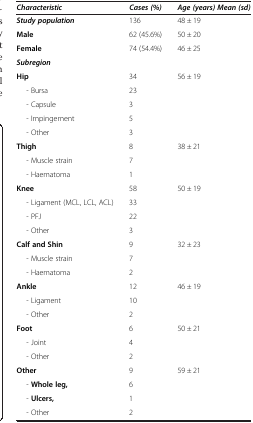
<table><thead><tr><td><b><i>Characteristic</i></b></td><td><b><i>Cases (%)</i></b></td><td><b><i>Age (years) Mean (sd)</i></b></td></tr></thead><tbody><tr><td><b><i>Study population</i></b></td><td>136</td><td>48 ± 19</td></tr><tr><td><b>Male</b></td><td>62 (45.6%)</td><td>50 ± 20</td></tr><tr><td><b>Female</b></td><td>74 (54.4%)</td><td>46 ± 25</td></tr><tr><td><b><i>Subregion</i></b></td><td> </td><td> </td></tr><tr><td><b>Hip</b></td><td>34</td><td>56 ± 19</td></tr><tr><td>- Bursa</td><td>23</td><td> </td></tr><tr><td>- Capsule</td><td>3</td><td> </td></tr><tr><td>- Impingement</td><td>5</td><td> </td></tr><tr><td>- Other</td><td>3</td><td> </td></tr><tr><td><b>Thigh</b></td><td>8</td><td>38 ± 21</td></tr><tr><td>- Muscle strain</td><td>7</td><td> </td></tr><tr><td>- Haematoma</td><td>1</td><td> </td></tr><tr><td><b>Knee</b></td><td>58</td><td>50 ± 19</td></tr><tr><td>- Ligament (MCL, LCL, ACL)</td><td>33</td><td> </td></tr><tr><td>- PFJ</td><td>22</td><td> </td></tr><tr><td>- Other</td><td>3</td><td> </td></tr><tr><td><b>Calf and Shin</b></td><td>9</td><td>32 ± 23</td></tr><tr><td>- Muscle strain</td><td>7</td><td> </td></tr><tr><td>- Haematoma</td><td>2</td><td> </td></tr><tr><td><b>Ankle</b></td><td>12</td><td>46 ± 19</td></tr><tr><td>- Ligament</td><td>10</td><td> </td></tr><tr><td>- Other</td><td>2</td><td> </td></tr><tr><td><b>Foot</b></td><td>6</td><td>50 ± 21</td></tr><tr><td>- Joint</td><td>4</td><td> </td></tr><tr><td>- Other</td><td>2</td><td> </td></tr><tr><td><b>Other</b></td><td>9</td><td>59 ± 21</td></tr><tr><td>- <b>Whole leg,</b></td><td>6</td><td> </td></tr><tr><td>- <b>Ulcers,</b></td><td>1</td><td> </td></tr><tr><td>- Other</td><td>2</td><td> </td></tr></tbody></table>